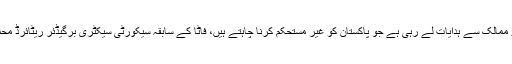
ٹی ٹی پی دوسرے ممالک سے ہدایات لے رہی ہے جو پاکستان کو غیر مستحکم کرنا چاہتے ہیں، فاٹا کے سابقہ سیکورٹی سیکٹری برگیڈئر ریٹائرڈ محمود شاہ کہتے ہیں۔